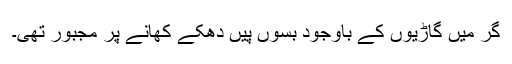
گر میں گاڑیوں کے باوجود بسوں پیں دھکے کھانے پر مجبور تھی۔